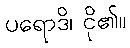
ပရောဒိ၊ ငို၏။